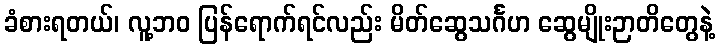
ခံစားရတယ်၊ လူ့ဘဝ ပြန်ရောက်ရင်လည်း မိတ်ဆွေသင်္ဂဟ ဆွေမျိုးဉာတိတွေနဲ့